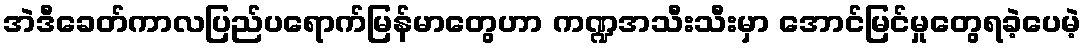
အဲဒီခေတ်ကာလပြည်ပရောက်မြန်မာတွေဟာ ကဏ္ဍအသီးသီးမှာ အောင်မြင်မှုတွေရခဲ့ပေမဲ့